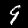
Digit: 9